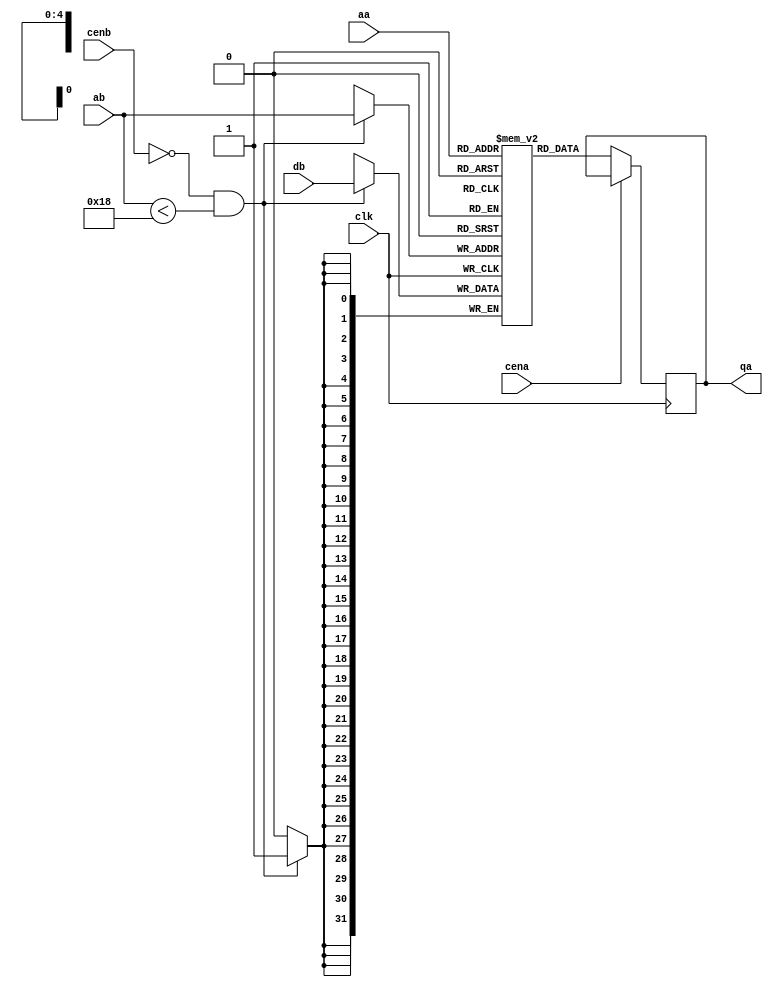
module bhv_sram #
	(
	parameter  WWORD = 32,
	parameter  WADDR =  5,
	parameter  DEPTH = 24
	)
	(
	input						clk,
	output reg		[WWORD-1:0]	qa,
	input			[WADDR-1:0]	aa,
	input						cena,
	input			[WWORD-1:0]	db,
	input			[WADDR-1:0]	ab,
	input						cenb
	);
	reg				[WWORD-1:0]	mem[0:((1<<WADDR)-1)];
	
	always @(posedge clk) if (!cena) qa <= mem[aa];
	always @(posedge clk) if (!cenb && ab < DEPTH) mem[ab] <= db;
endmodule